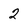
Character: 2